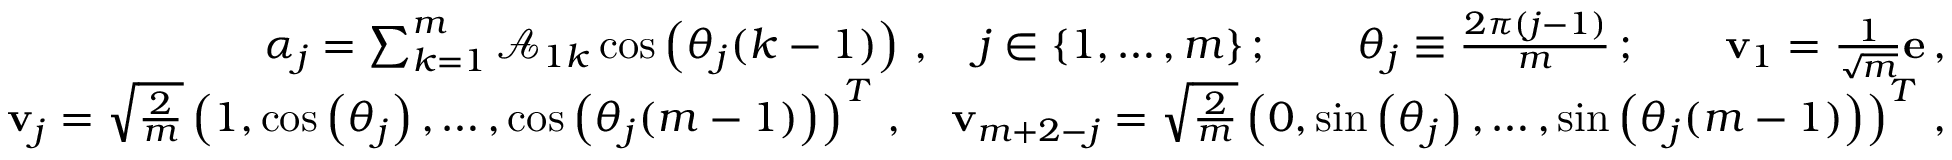
\begin{array} { r l r } & { } & { \qquad \alpha _ { j } = \sum _ { k = 1 } ^ { m } \mathcal { A } _ { 1 k } \cos \left( \theta _ { j } ( k - 1 ) \right) \, , \quad j \in \lbrace { 1 , \ldots , m \rbrace } \, ; \qquad \theta _ { j } \equiv \frac { 2 \pi ( j - 1 ) } { m } \, ; \qquad { \bf v } _ { 1 } = \frac { 1 } { \sqrt { m } } { \bf e } \, , } \\ & { } & { { \bf v } _ { j } = \sqrt { \frac { 2 } { m } } \left( 1 , \cos \left( \theta _ { j } \right) , \ldots , \cos \left( \theta _ { j } ( m - 1 ) \right) \right) ^ { T } \, , \quad { \bf v } _ { m + 2 - j } = \sqrt { \frac { 2 } { m } } \left( 0 , \sin \left( \theta _ { j } \right) , \ldots , \sin \left( \theta _ { j } ( m - 1 ) \right) \right) ^ { T } \, , } \end{array}